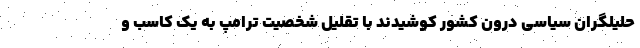
حلیلگران سیاسی درون کشور کوشیدند با تقلیل شخصیت ترامپ به یک کاسب و